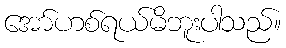
အော်ဟစ်ရယ်မိဘူးပါသည်။